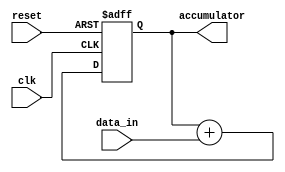
module accumulator (
    input wire clk,      //clock signal
    input wire reset,    //reset signal
    input wire data_in,  //input value to be added
    output reg [31:0] accumulator //output accumulator register
);

reg [31:0] sum;    //internal signal to hold the running total

always @(posedge clk or posedge reset) begin
    if (reset) begin
        sum <= 32'd0;   //reset accumulator to initial value
    end else begin
        sum <= sum + data_in;   //add input value to running total
    end
end

assign accumulator = sum;   //output the current sum of all input values processed

endmodule